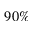
9 0 \%